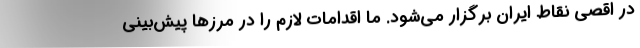
در اقصی نقاط ایران برگزار می‌شود. ما اقدامات لازم را در مرزها پیش‌بینی